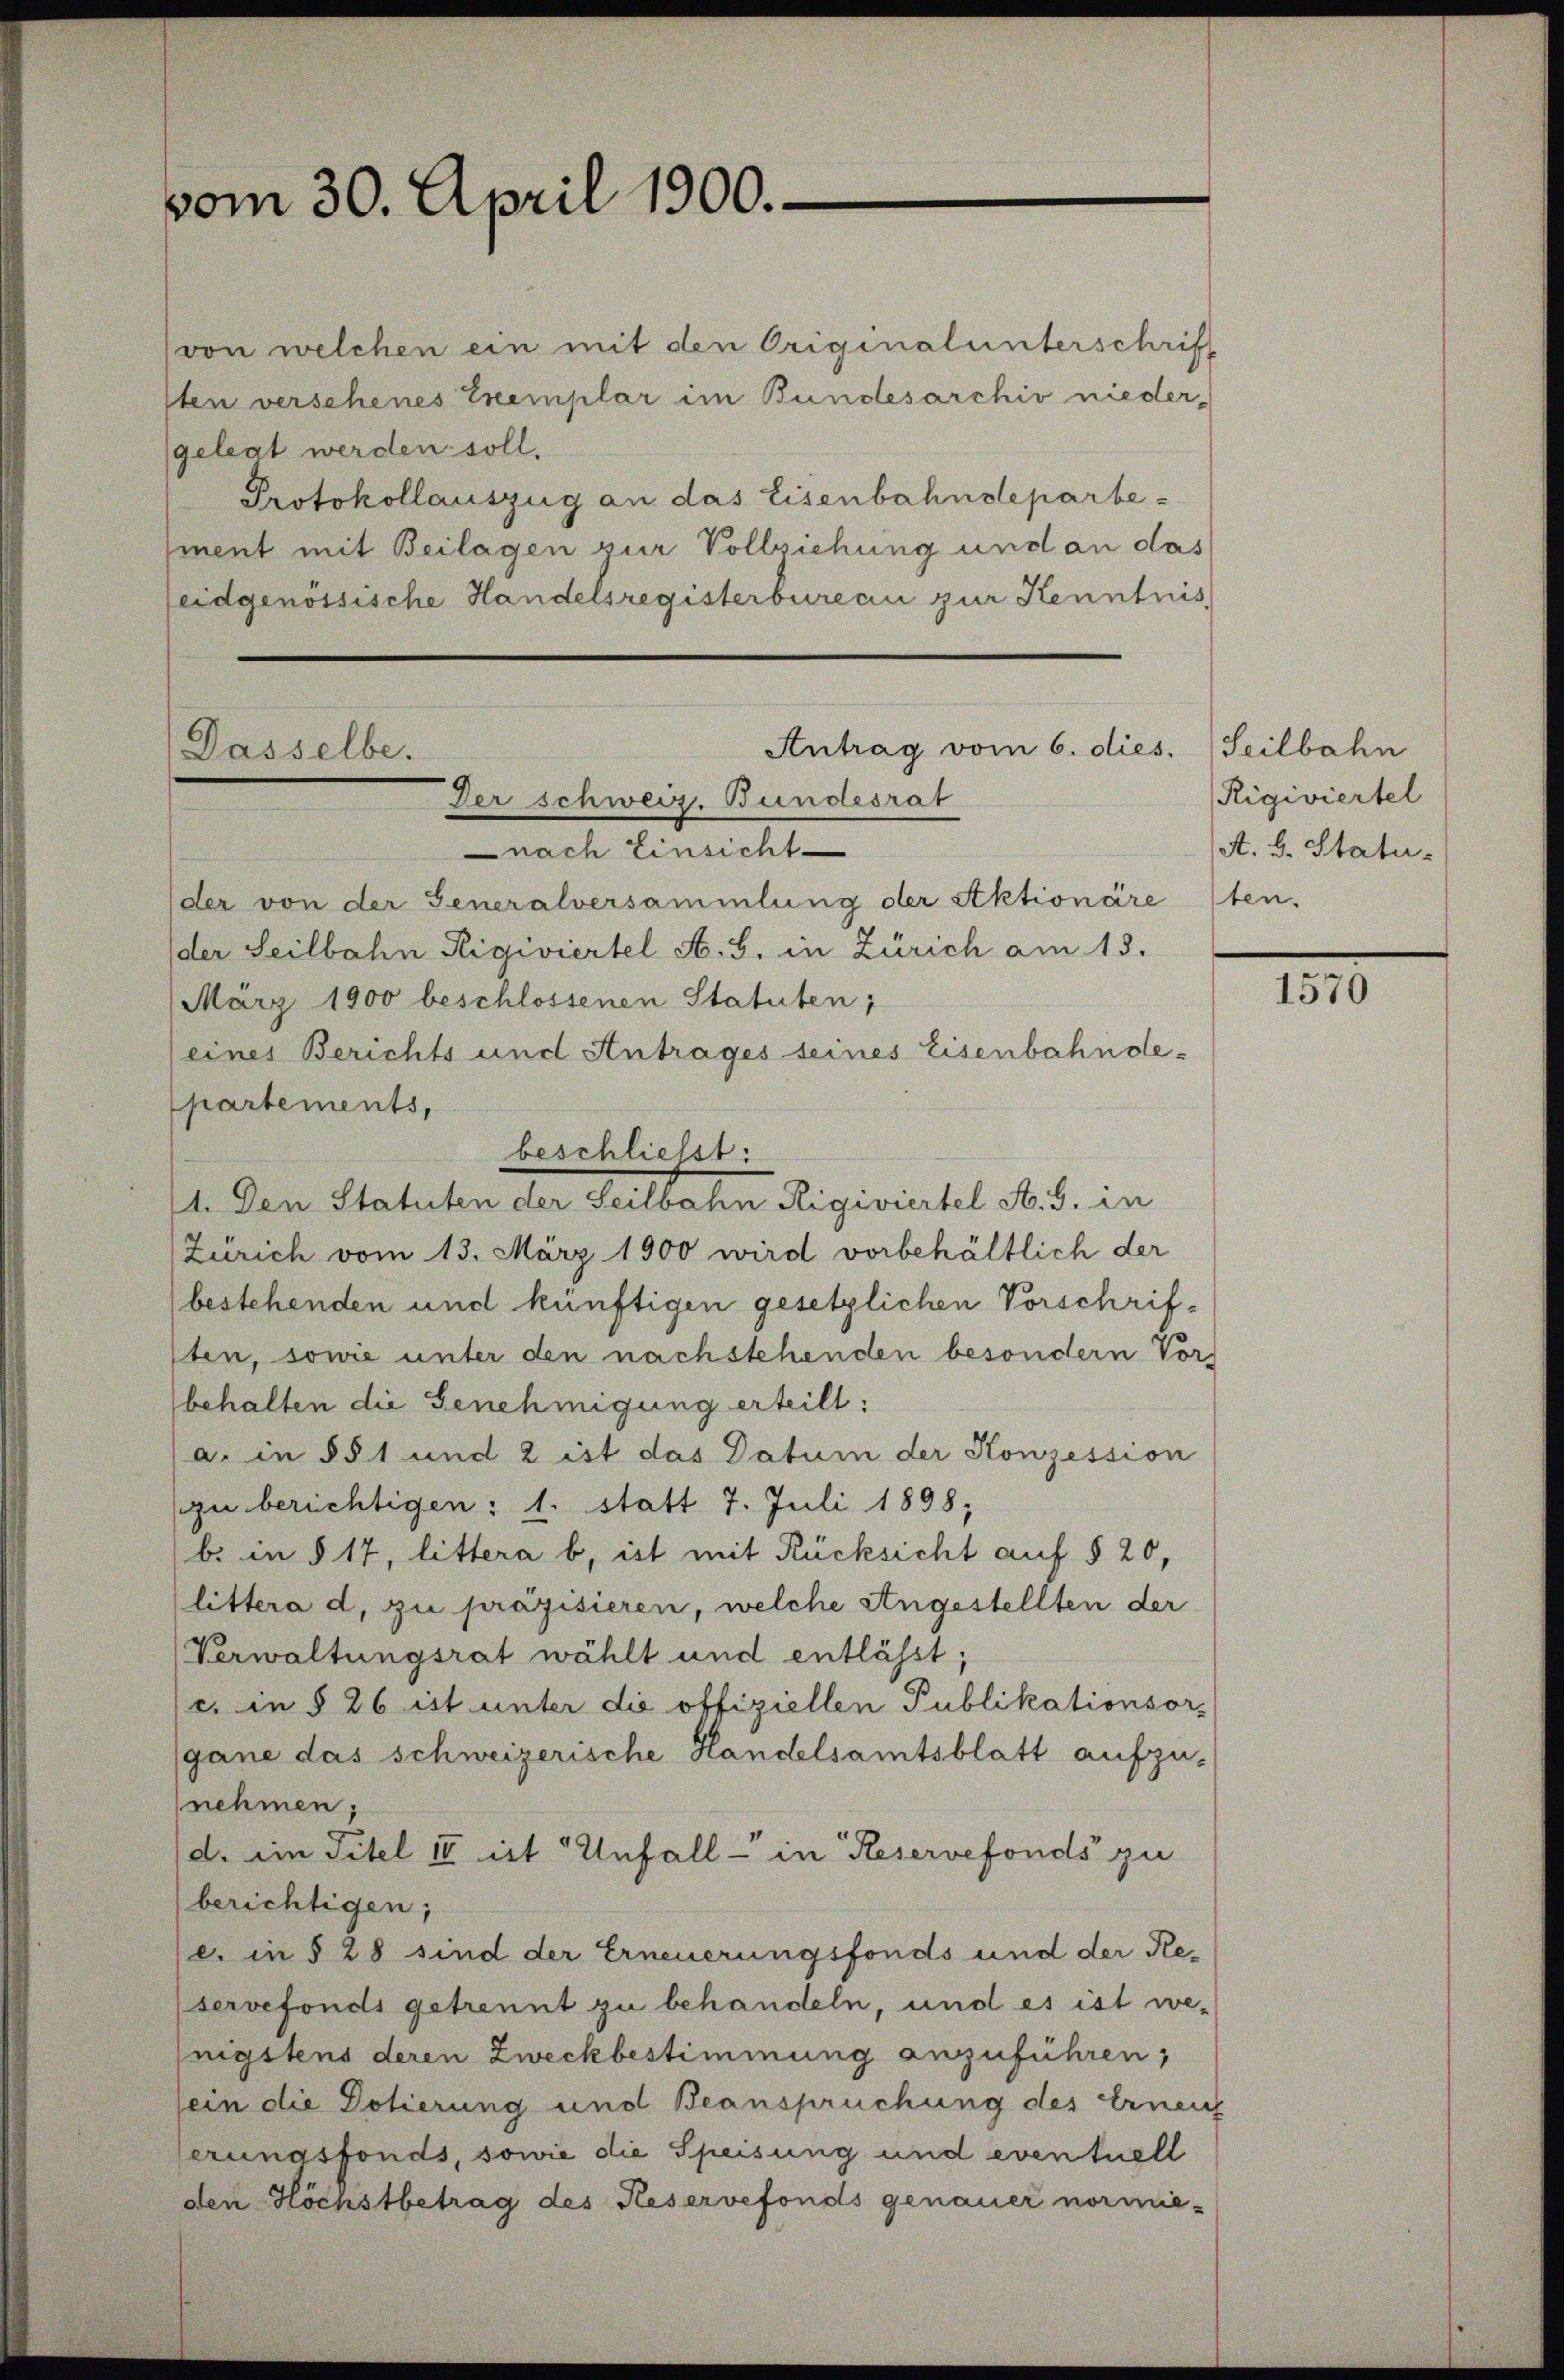
vom 30. April 1900.

von welchen ein mit den Originalunterschrift
sten verschenes Tremplar im Bundesarchiv nieder-
gelegt werden soll.
Protokollauszug an das Eisenbahndeparte-
ment mit Beilagen zur Vollziehung und an das
eidgenössische Handelsregisterbureau zur Kenntnis

Antrag vom 6. dies.
Dasselbe.
Der schweiz. Bundesrat
nach Einsicht
der von der Generalversammlung der Aktionäre

der Seilbahn Rigiviertel A. G. in Zürich am 13.
März 1900 beschlossenen Statuten;
eines Berichts und Antrages seines Eisenbahndepartements,
beschließt:
1. Den Statuten der Teilbahn Rigiviertel No. 5. in
Zürich vom 13. März 1900 wird vorbehältlich der
bestehenden und künftigen gesetzlichen Vorschrifsten, sowie unter den nachstehenden besondern Vorbehalten die Genehmigung erteilt:
a. in §§ 1 und 2 ist das Datum der Konzession
zu berichtigen: 1. statt 7. Juli 1898;
b. in § 17, littera b, ist mit Rücksicht auf § 20,
littera d. zu präzisieren, welche stugestellten der
Verwaltungsrat wählt und entlässt;
c. in § 26 ist unter die offiziellen Publikationsorgane das schweizerische Handelsamtsblatt aufzu-
nehmen,
d. ein Titel II ist Unfall in Reservefonds zu
berichtigen,
c. in § 28 sind der Erneuerungsfonds und der Reservefonds getrennt zu behandeln, und es ist we-
nigstens deren Zweckbestimmung anzuführen,
ein die Dotierung und Beanspruchung des Erneu
erungsfonds, sowie die Speisung und eventuell
den Höchstbetrag des Keservefonds genauer normie-

Seilbahn
Rigiviertel
A. B. Statu-
ten.

1570